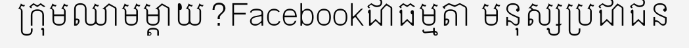
ក្រុមឈាមម្តាយ?Facebookជាធម្មតា មនុស្សប្រជាជន